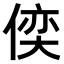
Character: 𠋈